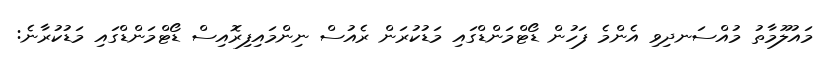
މައުލޫމާތު މުއްސަނދިވި އެންމެ ފަހުން ޑޯޓްމަންޑްގައި މަޑުކުރަން ރެއުސް ނިންމައިފިރޮއިސް ޑޯޓްމަންޑްގައި މަޑުކުރާނެ: